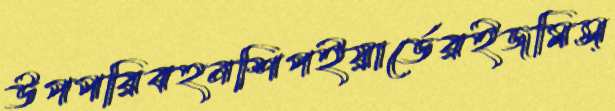
উপপরিবহনশিপইয়ার্ডেরইজমিস্